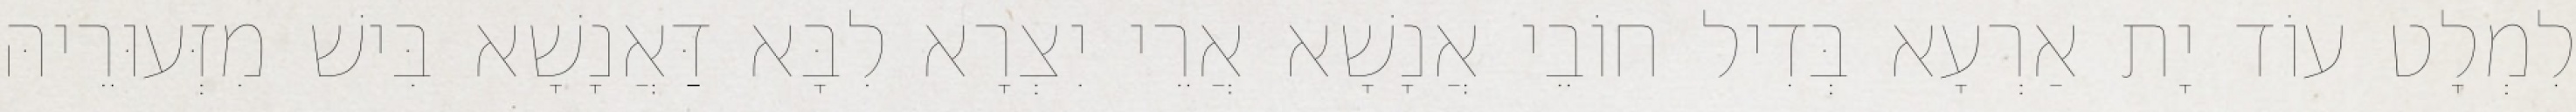
לִמְלָט עוֹד יָת אַרְעָא בְּדִיל חוֹבֵי אֲנָשָׁא אֲרֵי יִצְרָא לִבָּא דַּאֲנָשָׁא בִּישׁ מִזְּעוּרֵיהּ